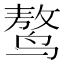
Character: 𪉑